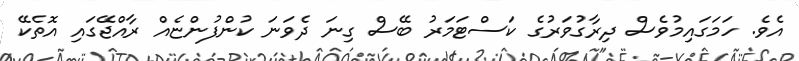
އެވެ. ހަމަގައިމުވެސް ދިރާގުވަރުގެ ކަސްޓަމަރު ބޭސް ގިނަ ދެވަނަ ކުންފުންޏެއް ރާއްޖޭގައި އޮތެކޭ